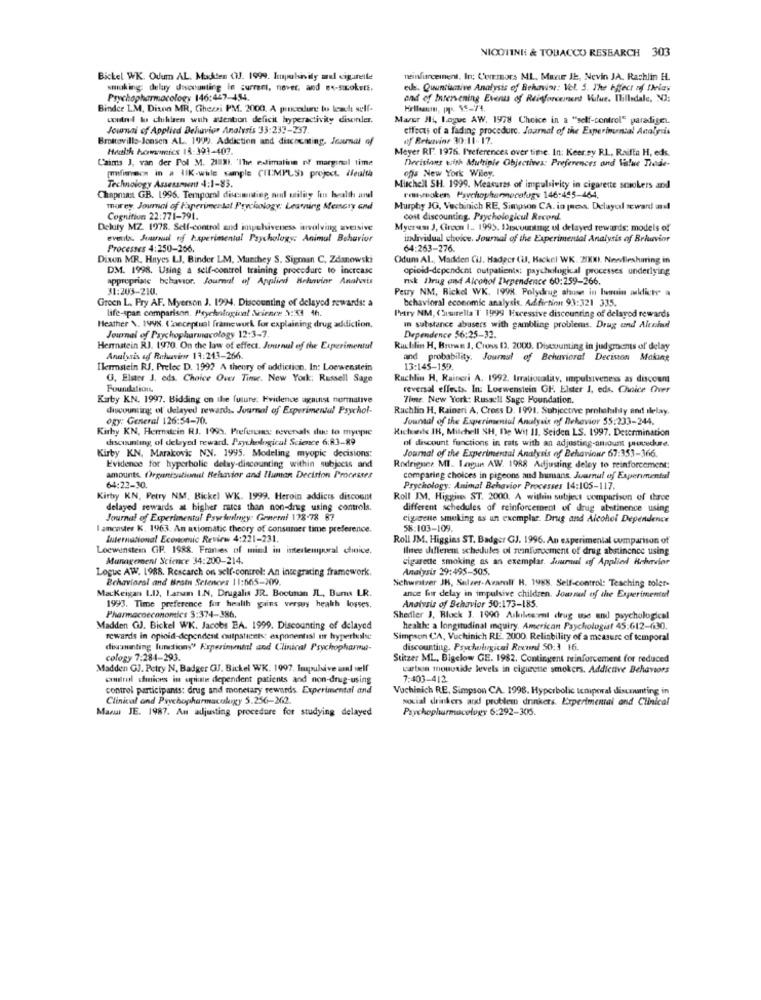
NICOTINE & TOBACCO RESEARCH 303
Bickel WK. Ouum AL. Makten (IJ. 1999. Impulsivity al cigarette
neinfurcement, Irc; Cormors ML. Maar It, Nevin JA. Rachlin H.
smoking; delay discounting in current, nover, and ex-sacokett.
ele. Quantumtive Analysis of Behavine: Vel. S. The Effect of Delay
Psychopharmacology 146:467-454
and of Intervening Events of Reinforcement Value. Ihillsdale, NJ:
Bindce LM, Dison MR, Checai PM. 2000. A pincedure to teach self-
coutnel lo chihlen with attention deficit hyperactivity diseinler.
Mazer Hi, Logue AW. 1978 Choice in a "self-control" paradige ..
Journal of Applied Behavior Analysis 33:237-237.
effects of a fading procedure. Journal of the Experimental Analysis
Brottovillo-Jensen AL. 1999. Addiction and discounting. Journal of
af Betervine 30:11-17.
Health howevercs 18:391-407.
Meyer RF. 1976. P'references over time. In: Keer.sy RL, Raifta H, eds.
Caims J, van der Fol M. 21 31. 'The esimaline of marginal time
Decisions with Multiple Objectives: Preferences ond Value Trade-
ofs New York Wiley.
[finca in a IlK-whle sample (ILMPLS) project. ifelt
Technology Assessment 4:1-83.
Mitchell SH. 1999. Measures of impulsivity in cigarette sowokers and
Chapmant GB. 1996. Temporal discsmiting nud utility for health and
rmsmokers Psychopharmacafugy 146:455-464,
morey. Journal of Faperimmertat Prychology: Learning Memory and
Murphy JG, Vechinich RE, Simpson CA. in press. Delayol seward and
Cognition 22:771-791.
cost discounting. Psychologicul Record.
Deluty MZ. 1978. Self-control and impulsiveness involving aversive
Mycram J, Circon 1 .. 1995. Drcountmg ul delayed rewards: models of
eventila. Juuraud of haperimental Psychology; Animal Behavior
individual choice. Journal of the Experimental Analysis of Behavior
Processes 4:250-266.
64:263-276.
Dixon MR. Hayes LJ, Binder LM, Munthey S. Sigman C, Zdanowski
Odum Al ., Madden Cil. Hadecr (IJ, Hackel WK. 20KW). Newfilesharing in
DM. 1998. Using a self-control training procedure to increase
opioid-dependent outpatients; psychological processes underlying
appropriate behavior. Journal of Applied Behavior Anahvis
nsk Drug and Alcohol Dependence 60:259-266.
31:203-210.
Petry NM, Rickel WK. 1998. Polydrug alainen in lorrain aldictr a
Groen L. Pry AF. Myerson J. 1994. Discounting of delayed rewards: a
behavioral economic analysis. Adfirtinn 93:321 335.
life-span comparison. Psychological Science 3:53 4h.
Petry NM, CSusitella T 1999 Excessive discounting of delayod rewards
Heather \. 1998. Conceptual framework for explaining drug addiction.
in substance abusers with gambling problems. Drug und Alenloud!
Journal of Psychopharmacology 12:3-7.
Dependence 56:25-32.
Herrnatein RJ. 1970. On the law of effect. Journul of the Experimental
Ruchlin H. Brown 1, Cross 12. 2000. Discounting in jud grooms of delay
Analysis of Rehuvin 14:243-266.
and probability. Journal of Behavioral Decision Making
Ilerstein RJ. Prelec D. 1992 A theory of addiction. In: Loewenstein
13:145-159.
G, Elster J. eds. Choice Over Time. New York: Russell Sage
Ruchlin H, Raincri A. 1992. Irrationalaty, impulsiveness as discount
Foundation
reversal effects. In: Loewenstein GF. Elster I, eds. Choice Over
Katy KN. 1997. Bidding on the future; Evidence against normative
Tine. New York: Russell Sage Foundation.
discounting of delayed rewards Journal of Experimental Psychol-
Rachlin H. Raineri A, Cross D. 1991. Subjective prolatshty and ilelay.
ogy: General 126:54-70.
Journal of the Experimental Analysis of Behavior 55:233-244.
Kirby KN, Hermacin RJ. 1995. Preference tevenals due to myopie
Richede IH, Mitchell SH, De Wit 11. Seiden LS. 1997. Determination
discounting, of delayed reward. Psychological Science 6:83-89
of discount functions in rats with an adjusting-amount procuche.
Kirby KN, Marakovic NN. 1995. Modeling myopic decisions:
Journal of the Experimental Analysis of Behaviour 67:353-366.
Evidence for hyperbolic delay-dincounting within subjects and
Rodriguez MI. Lagun AW. 1988 Adjusting deley to reinforcement:
amounts Organizational Behavior and Iluman Decision Processes
comparing choices in pigeons and humans. Journal of Experimental
64:22-30.
Prychology: Animal Behavior Processes 14:105-117.
Kirby KN, Petry NM, Bickel WK. 1999. Heroin addicts discount
Roll JM, Higgine ST. 2000. A within subject comparison of three
delayed rewards at higher rates than non-drug using controls.
different schedules of reinforcement of drug abstinence using
Journal of Experimental Psyelengy: General 128-78 87
cigarette smoking as un exemplar. Drug and Alcohol Dependence
lancaster K. 1963. An axiomatic theory of consumer time preference.
58:103-109.
International Economic Review 4:221-231.
Roll JM4. Higgins ST. Badger GJ. 1996. An experimental comparison of
Loewenstein GP. 1988. Franses of mind in intertemporal choice.
Ilmee different schedules ol reinforcement of drug abstinence using
Management Science 34:200-214.
cigarette smoking as an exemplar. Journal of Applied Behavior
Logue AW. 1988. Rescarch on self-control: An integrating framework.
Analysis 29:495-505.
Behavioral and Brain Sciences 11:565-209.
Schweitzer JK, Sulzer-Araroll' H. 1988. Self-control: Teaching tolet-
Mackeigan 1.I), Larum I.N. Drugalis JR. Bootman IL, Burns LR.
1993. Time preference for health gains verwurs health losses.
Analysis of Behavior 30:173-185
ance fur delay in impulsive children. Journal of the Experimentel
Pharmacoeconomics 3:374-386.
Shedler J, Block 3. 1990 Arkileseni drug we and psychological
Madden GJ. Bickel WK. Jacobs EA. 1999. Discounting of delayed
health: a longitudinal inquiry. American Psychologist 45:612-630.
rewards in opioid-dependent outpatients: exponential nr hyperholse
Simpson CA, Vuchinich RI. 2000 Relinbility of a measure of temporal
fixunting lumtions" Experimental and Clinical Psychopharma-
discounting. Psychological Rexund SO:3 16.
cology 7:284-293.
Stitzer ML, Bigelow GE. 1982. Contingent reinforcement for reduced
Madden GJ. Petry N. Badger GJ. Bickel WK. 1997. laspulsive unnf self
catson monuside levels in cigirene smokers. Addictive Behaviors
cnulral stices in spite dependent patients and non-drug-using
7:403-412
control participants: drug and monetary rewards. Experimental and
Vuchinich RE, Simpson CA. 1998. Hyperbolic temporal discounting in
Clinical and Psychopharmacology 5.256-262.
social drinkers arxd problem drinkers. Experimental and Clinical
Marul JE. 1987. An adjusting procedure for studying delayed
Psychopharmacology 6:292-305.